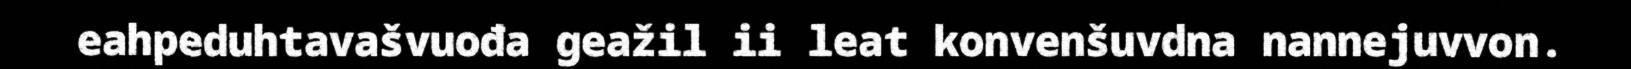
eahpeduhtavašvuođa geažil ii leat konvenšuvdna nannejuvvon.